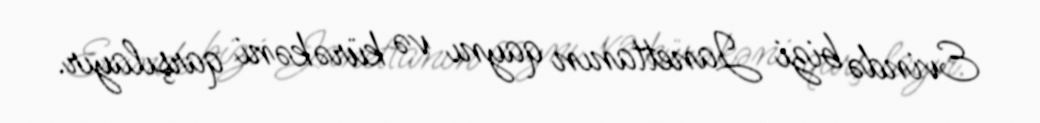
Evində bizi Janettanın qaynı və kürəkəni qarşılayır.